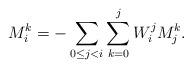
LaTeX: \begin{align*} M_i^k=-\sum_{0\leq j<i}\sum_{k=0}^j W_i^j M_j^k.\end{align*}